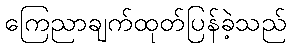
ကြေညာချက်ထုတ်ပြန်ခဲ့သည်